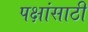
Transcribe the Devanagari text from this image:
पक्षांसाठी